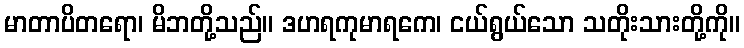
မာတာပိတရော၊ မိဘတို့သည်။ ဒဟရကုမာရကေ၊ ငယ်ရွယ်သော သတိုးသားတို့ကို။